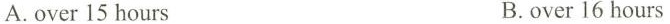
A.over 15 hours B.over 16 hours